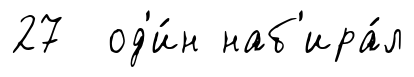
27 од'и́н наб'ира́л